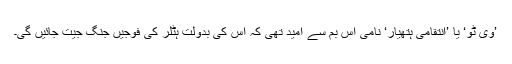
’وی ٹُو‘ یا ’انتقامی ہتھیار‘ نامی اس بم سے امید تھی کہ اس کی بدولت ہٹلر کی فوجیں جنگ جیت جائیں گی۔